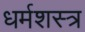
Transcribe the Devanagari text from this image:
धर्मशस्त्र